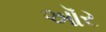
ઑર